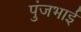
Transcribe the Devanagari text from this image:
पुंजभाई